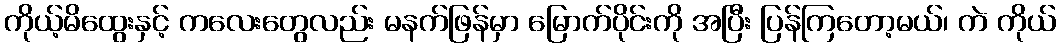
ကိုယ့်မိထွေးနှင့် ကလေးတွေလည်း မနက်ဖြန်မှာ မြောက်ပိုင်းကို အပြီး ပြန်ကြတော့မယ်၊ ကဲ ကိုယ်